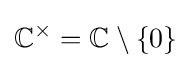
\mathbb {C} ^{\times }=\mathbb {C} \setminus \{0\}